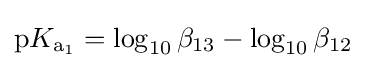
{\mathrm {p} }K_{\mathrm {a} {\vphantom {A}}_{\smash[{t}]{1}}}=\log _{10}\beta _{13}-\log _{10}\beta _{12}